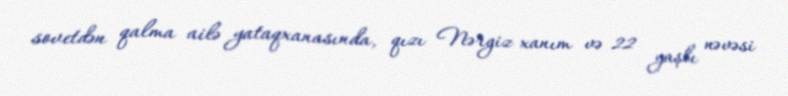
sovetdən qalma ailə yataqxanasında, qızı Nərgiz xanım və 22 yaşlı nəvəsi